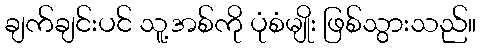
ချက်ချင်းပင် သူ့အစ်ကို ပုံစံမျိုး ဖြစ်သွားသည်။